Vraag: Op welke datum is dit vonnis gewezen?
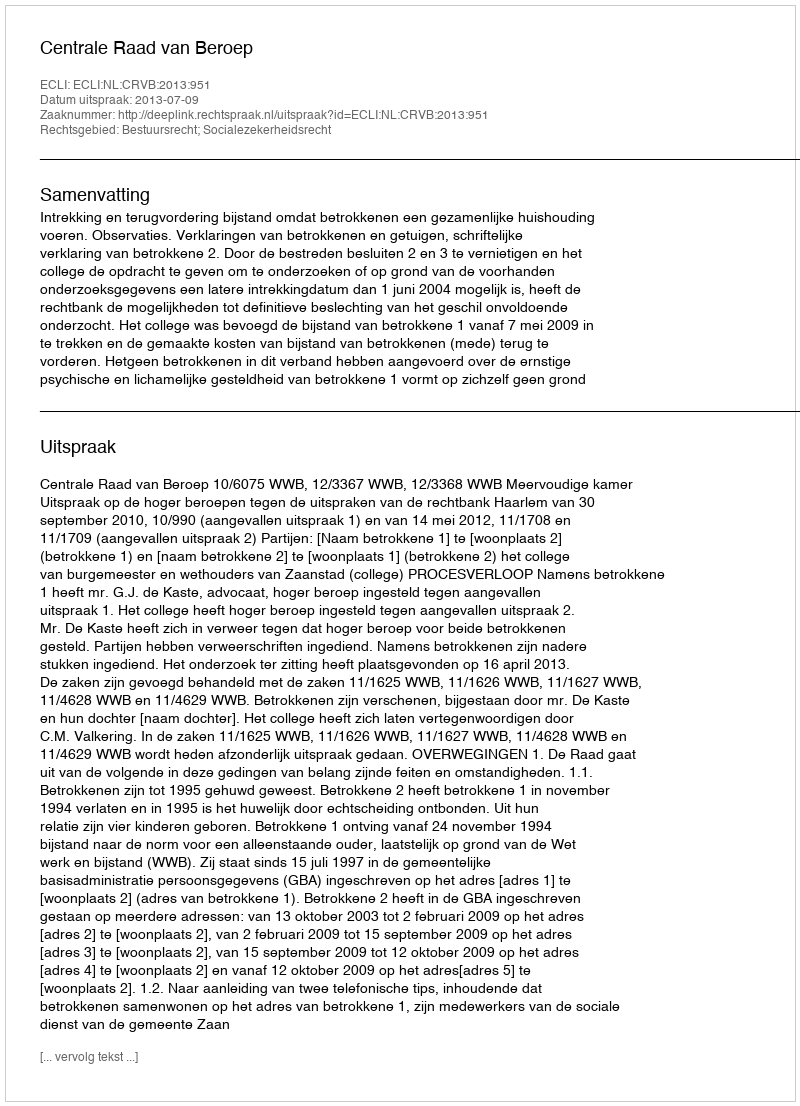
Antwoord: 2013-07-09